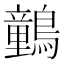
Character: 䴀